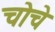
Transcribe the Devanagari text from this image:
चोचे